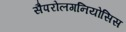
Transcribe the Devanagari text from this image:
सैपरोलगनियोसिस